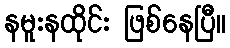
နမူးနထိုင်း ဖြစ်နေပြီ။